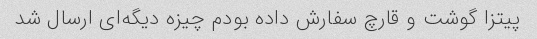
پیتزا گوشت و قارچ سفارش داده بودم چیزه دیگه‌ای ارسال شد